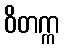
ဝိတက္က